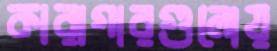
কারাগারগুলোয়